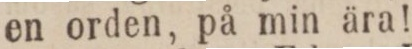
en orden, på min ära!